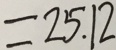
= 2 5 . 1 2